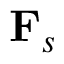
{ { \bf { F } } _ { s } }